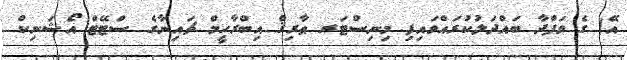
އޭ) ގެ ވަފްދާ ބައްދަލުކުރައްވައިފި މިނިސްޓަރ ޠާރިޤް އިބްރާހީމް ޗައިނާގެ ސްޓޭޓް އޯޝަނިކް